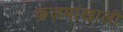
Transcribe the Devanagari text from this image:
कलमांखाली